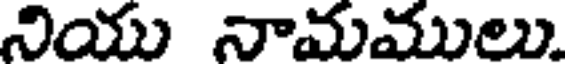
నియు నామములు.